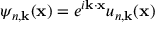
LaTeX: \psi _ { n , \mathbf { k } } ( \mathbf { x } ) = e ^ { i \mathbf { k } \cdot \mathbf { x } } u _ { n , \mathbf { k } } ( \mathbf { x } )